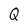
Character: Q